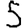
Digit: 5